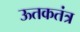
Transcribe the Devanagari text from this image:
ऊतकतंत्र